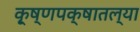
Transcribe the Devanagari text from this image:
कृ्ष्णपक्षातल्या